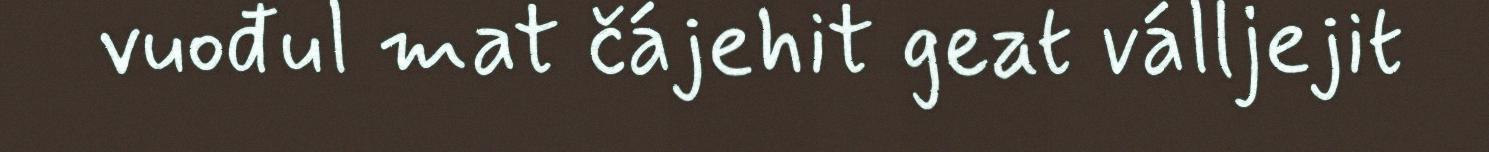
vuođul mat čájehit geat válljejit